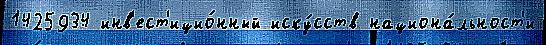
1425934 инв'ест'ицио́нный иску́сств национа́льност'и